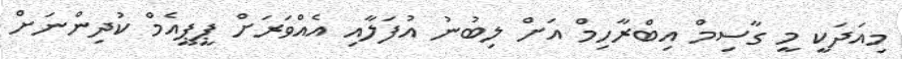
މިއަދަކީ މީ ގާސިމް އިބްރާހިމް އަށް ލިބުނު އުފަލާއި އެއްވަރަށް ޕީޕީއެމް ކުދިންނަށް